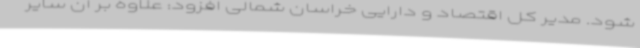
شود. مدیر کل اقتصاد و دارایی خراسان شمالی افزود: علاوه بر آن سایر